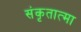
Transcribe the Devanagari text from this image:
संकृतात्मा